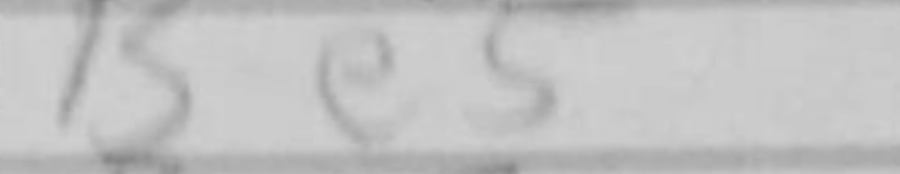
Transcription: Be5